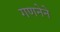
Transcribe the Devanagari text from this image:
गणनेने